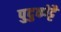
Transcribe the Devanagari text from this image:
पुदुकोट्टै